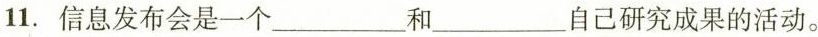
11.信息发布会是一个_______和_____自己研究成果的活动。